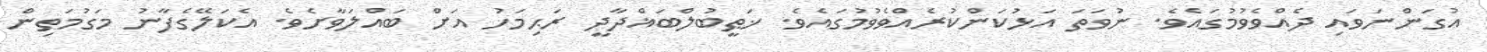
އުގަންނަވައި ދެއްވެވުމުގައެވެ. ނުވަތަ އަޅުކަންކުރެއްވެވުމުގައެވެ. ޚަޠީބުލްބަޣްދާދީ ރަޙިމަހު އަށް ބައްލަވާށެވެ. އެކަލޭގެފާނު މަގުމަތިން